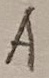
Text: A